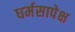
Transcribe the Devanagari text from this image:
धर्मसापेक्ष